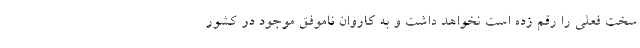
سخت فعلی را رقم زده‌ است نخواهد داشت و به کاروان ناموفق موجود در کشور